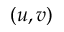
\left( u , v \right)